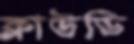
ক্লাউডি